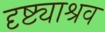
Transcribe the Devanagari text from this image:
दृष्ट्याश्रव